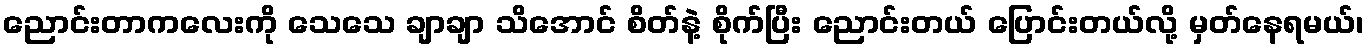
ညောင်းတာကလေးကို သေသေ ချာချာ သိအောင် စိတ်နဲ့ စိုက်ပြီး ညောင်းတယ် ပြောင်းတယ်လို့ မှတ်နေရမယ်၊